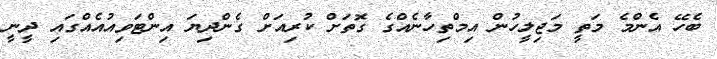
ބެހޭ އެންމެ މަތީ މަޖިލީހުން އިމްތިހާނެއްގެ ގޮތަށް ކުރިއަށް ގެންދިޔަ އިންޓަވިއުއެއްގައި ދީނީ